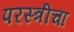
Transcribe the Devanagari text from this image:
परस्त्रीचा